Report of the Indian Hemp Drugs Commission, 1894-1895 - Volume IV
Year: 1894
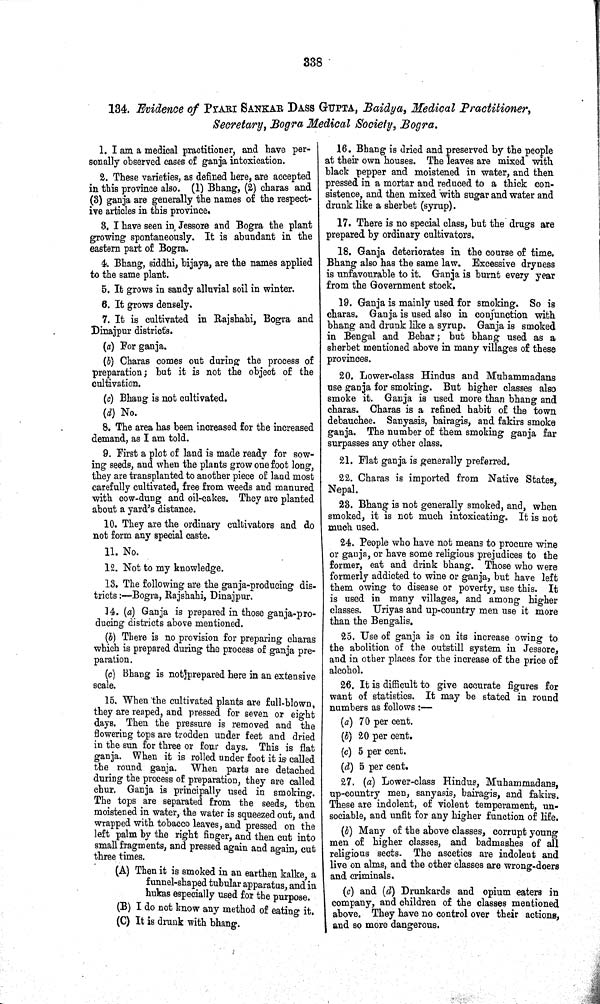
338
134. Evidence of PYARI SANKAR DASS GUPTA, Baidya, Medical Practitioner,
Secretary, Bogra Medical Society, Bogra.
1. I am a medical practitioner, and have per-
sonally observed cases of ganja intoxication.
2. These varieties, as defined here, are accepted
in this province also. (1) Bhang, (2) charas and
(3) ganja are generally the names of the respect-
ive articles in this province.
3. I have seen in Jessore and Bogra the plant
growing spontaneously. It is abundant in the
eastern part of Bogra.
4. Bhang, siddhi, bijaya, are the names applied
to the same plant.
5. It grows in sandy alluvial soil in winter.
6. It grows densely.
7. It is cultivated in Rajshahi, Bogra and
Dinajpur districts.
(a) For ganja.
(b) Charas comes out during the process of
preparation; but it is not the object of the
cultivation.
(c) Bhang is not cultivated.
(d) No.
8. The area has been increased for the increased
demand, as I am told.
9. First a plot of land is made ready for sow-
ing seeds, and when the plants grow one foot long,
they are transplanted to another piece of land most
carefully cultivated, free from weeds and manured
with cow-dung and oil-cakes. They are planted
about a yard's distance.
10. They are the ordinary cultivators and do
not form any special caste.
11. No.
12. Not to my knowledge.
13. The following are the ganja-producing dis-
tricts:—Bogra, Rajshahi, Dinajpur.
14. (a) Ganja is prepared in those ganja-pro-
ducing districts above mentioned.
(b) There is no provision for preparing charas
which is prepared during the process of ganja pre-
paration.
(c) Bhang is not prepared here in an extensive
scale.
15. When the cultivated plants are full-blown,
they are reaped, and pressed for seven or eight
days. Then the pressure is removed and the
flowering tops are trodden under feet and dried
in the sun for three or four days. This is flat
ganja. When it is rolled under foot it is called
the round ganja. When parts are detached
during the process of preparation, they are called
chur. Ganja is principally used in smoking.
The tops are separated from the seeds, then
moistened in water, the water is squeezed out, and
wrapped with tobacco leaves, and pressed on the
left palm by the right finger, and then cut into
small fragments, and pressed again and again, cut
three times.
(A) Then it is smoked in an earthen kalke, a
funnel-shaped tubular apparatus, and in
hukas especially used for the purpose.
(B) I do not know any method of eating it.
(C) It is drunk with bhang.
16. Bhang is dried and preserved by the people
at their own houses. The leaves are mixed with
black pepper and moistened in water, and then
pressed in a mortar and reduced to a thick con-
sistence, and then mixed with sugar and water and
drunk like a sherbet (syrup).
17. There is no special class, but the drugs are
prepared by ordinary cultivators.
18. Ganja deteriorates in the course of time.
Bhang also has the same law. Excessive dryness
is unfavourable to it. Ganja is burnt every year
from the Government stock.
19. Ganja is mainly used for smoking. So is
charas. Ganja is used also in conjunction with
bhang and drunk like a syrup. Ganja is smoked
in Bengal and Behar; but bhang used as a
sherbet mentioned above in many villages of these
provinces.
20. Lower-class Hindus and Muhammadans
use ganja for smoking. But higher classes also
smoke it. Ganja is used more than bhang and
charas. Charas is a refined habit of the town
debauchee. Sanyasis, bairagis, and fakirs smoke
ganja. The number of them smoking ganja far
surpasses any other class.
21. Flat ganja is generally preferred.
22. Charas is imported from Native States,
Nepal.
23. Bhang is not generally smoked, and, when
smoked, it is not much intoxicating. It is not
much used.
24. People who have not means to procure wine
or ganja, or have some religious prejudices to the
former, eat and drink bhang. Those who were
formerly addicted to wine or ganja, but have left
them owing to disease or poverty, use this. It
is used in many villages, and among higher
classes. Uriyas and up-country men use it more
than the Bengalis.
25. Use of ganja is on its increase owing to
the abolition of the outstill system in Jessore,
and in other places for the increase of the price of
alcohol.
26. It is difficult to give accurate figures for
want of statistics. It may be stated in round
numbers as follows:—
(a) 70 per cent.
(b) 20 per cent.
(c) 5 per cent.
(d) 5 per cent.
27. (a) Lower-class Hindus, Muhammadans,
up-country men, sanyasis, bairagis, and fakirs.
These are indolent, of violent temperament, un-
sociable, and unfit for any higher function of life.
(b) Many of the above classes, corrupt young
men of higher classes, and badmashes of all
religious sects. The ascetics are indolent and
live on alms, and the other classes are wrong-doers
and criminals.
(c) and (d) Drunkards and opium eaters in
company, and children of the classes mentioned
above. They have no control over their actions,
and so more dangerous.